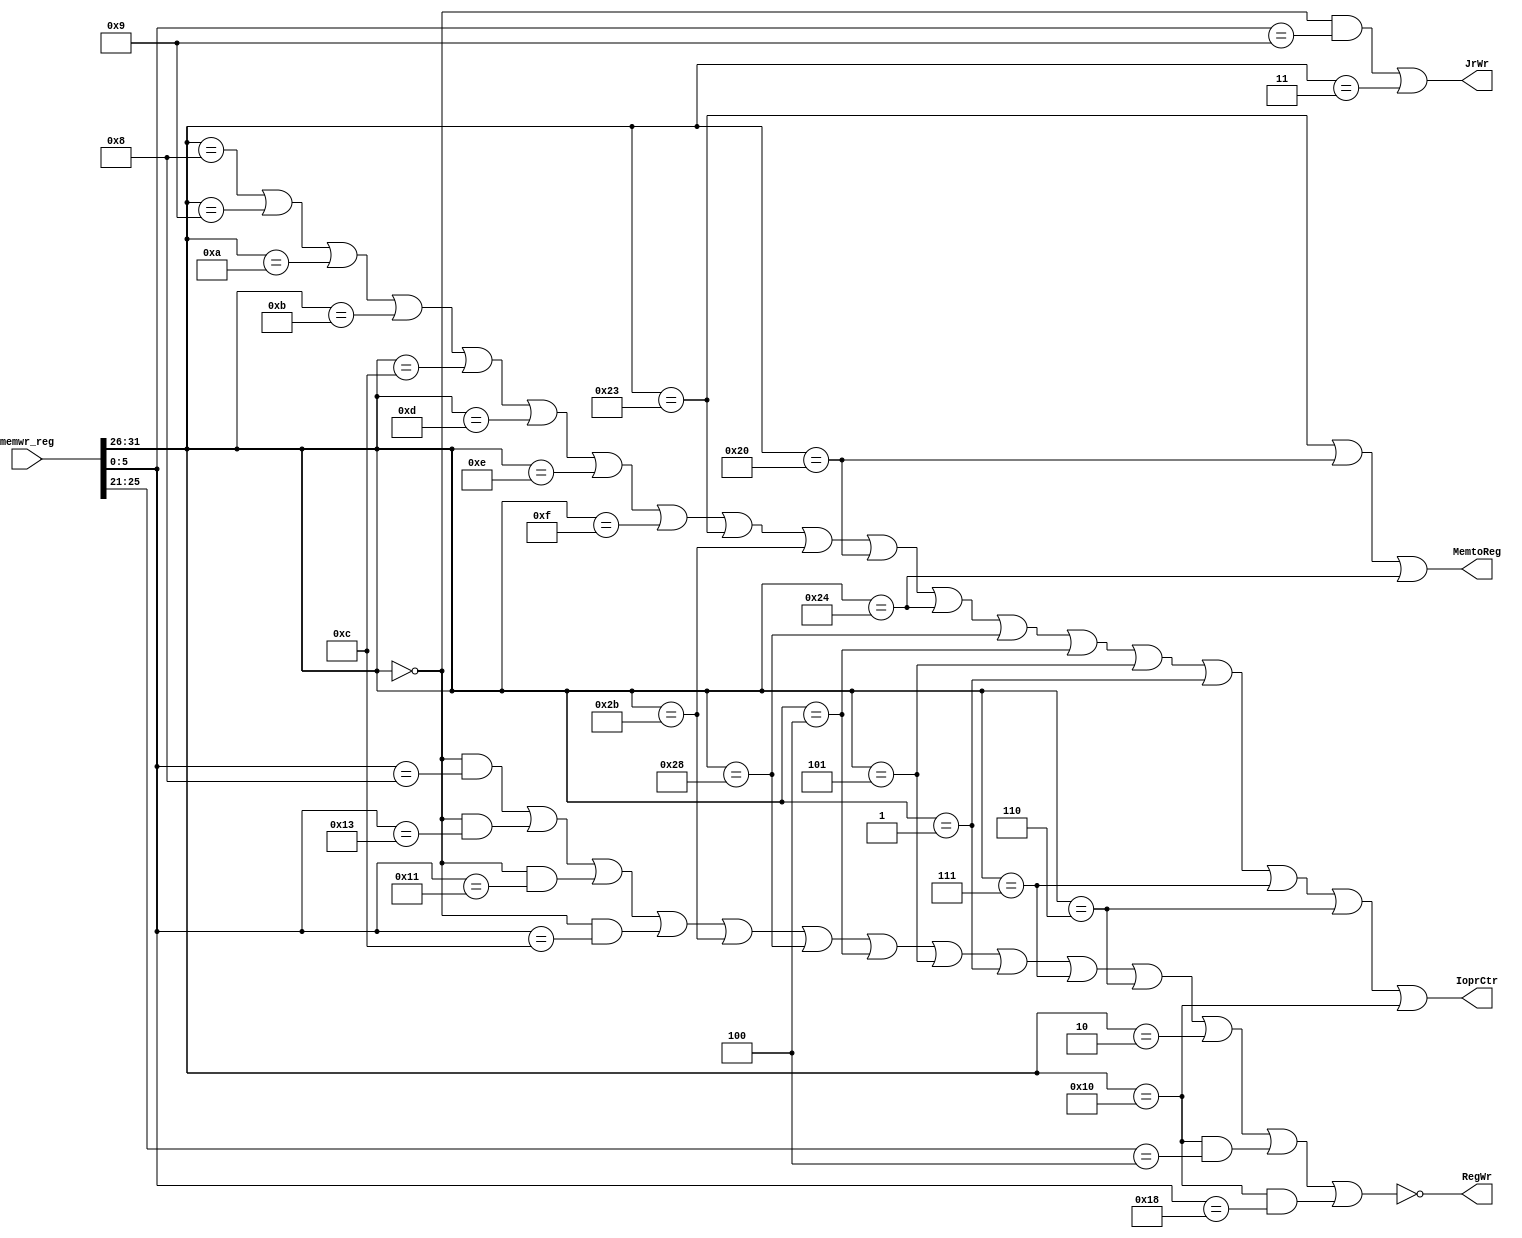
module mem_wr_decoder(memwr_reg,IoprCtr,JrWr,RegWr,MemtoReg);

input wire[127:0] memwr_reg;
wire[4:0]         rs;
wire[5:0]         op,funct;
output wire       IoprCtr,JrWr,RegWr,MemtoReg;

assign rs=memwr_reg[25:21];
assign op=memwr_reg[31:26];
assign funct=memwr_reg[5:0];
assign IoprCtr=(
    op==6'b001000 |
    op==6'b001001 |
    op==6'b001010 |
    op==6'b001011 |
    op==6'b001100 |
    op==6'b001101 |
    op==6'b001110 |
    op==6'b001111 |
    op==6'b100011 |
    op==6'b101011 |
    op==6'b100000 |
    op==6'b100100 |
    op==6'b101000 |
    op==6'b000100 |
    op==6'b000101 |
    op==6'b000001 |
    op==6'b000111 |
    op==6'b000110 |
    op==6'b010000
);
assign JrWr=((op==6'b000000 & funct==6'b001001) | (op==6'b000011));
assign RegWr=!(
    (op==6'b000000 & funct==6'b001000) |
    (op==6'b000000 & funct==6'b010011) |
    (op==6'b000000 & funct==6'b010001) |
    (op==6'b000000 & funct==6'b001100) |
    op==6'b101011 |
    op==6'b101000 |
    op==6'b000100 |
    op==6'b000101 |
    op==6'b000001 |
    op==6'b000111 |
    op==6'b000110 |
    op==6'b000010 |
    (op==6'b010000 & rs==5'b00100) |
    (op==6'b010000 & funct==6'b011000)
);
assign MemtoReg=(
    op==6'b100011 |
    op==6'b100000 |
    op==6'b100100
);

endmodule